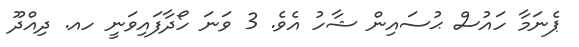
ޕެނަމާ ހައުސް ޙުސައިން ޝާހު އެވެ. 3 ވަނަ ހޯދާފައިވަނީ ހއ. ދިއްދޫ